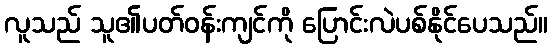
လူသည် သူ၏ပတ်ဝန်းကျင်ကို ပြောင်းလဲပစ်နိုင်ပေသည်။